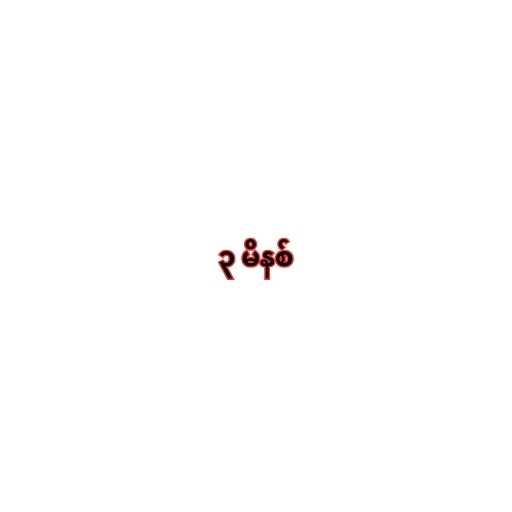
၃ မိနစ်